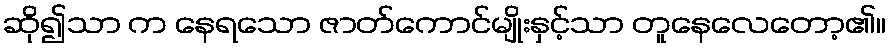
ဆို၍သာ က နေရသော ဇာတ်ကောင်မျိုးနှင့်သာ တူနေလေတော့၏။